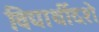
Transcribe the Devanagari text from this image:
विद्यार्थीदशे